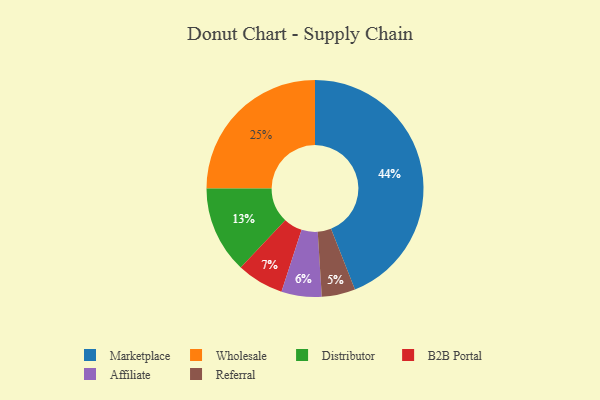
{"axis": {"x": "Category", "y": "Percentage"}, "legend": ["Affiliate", "B2B Portal", "Distributor", "Marketplace", "Referral", "Wholesale"], "data": [{"x": "Wholesale", "y": 25, "type": "Wholesale"}, {"x": "Affiliate", "y": 6, "type": "Affiliate"}, {"x": "B2B Portal", "y": 7, "type": "B2B Portal"}, {"x": "Marketplace", "y": 44, "type": "Marketplace"}, {"x": "Distributor", "y": 13, "type": "Distributor"}, {"x": "Referral", "y": 5, "type": "Referral"}]}